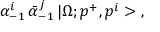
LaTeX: \alpha _ { - 1 } ^ { i } \, \bar { \alpha } _ { - 1 } ^ { j } \, | \Omega ; p ^ { + } , p ^ { i } > \ ,